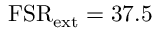
\mathrm { F S R } _ { \mathrm { e x t } } = 3 7 . 5